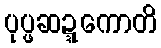
ပုပ္ဖဆဍ္ဍကောတိ